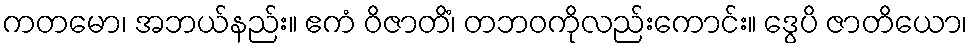
ကတမော၊ အဘယ်နည်း။ ဧကံ ဝိဇာတိံ၊ တဘဝကိုလည်းကောင်း။ ဒွေပိ ဇာတိယော၊